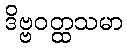
ဒိဗ္ဗဝတ္ထသမာ